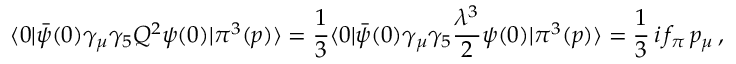
\langle 0 | { \bar { \psi } } ( 0 ) \gamma _ { \mu } \gamma _ { 5 } { \cal Q } ^ { 2 } \psi ( 0 ) | \pi ^ { 3 } ( p ) \rangle = \frac { 1 } { 3 } \langle 0 | { \bar { \psi } } ( 0 ) \gamma _ { \mu } \gamma _ { 5 } \frac { \lambda ^ { 3 } } { 2 } \psi ( 0 ) | \pi ^ { 3 } ( p ) \rangle = \frac { 1 } { 3 } \, i \, f _ { \pi } \, p _ { \mu } \, ,